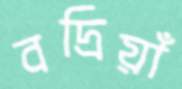
বদ্রিয়াঁ